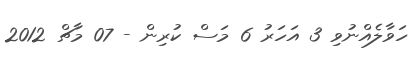
ހަވާލެއްނުވި 3 އަހަރު 6 މަސް ކުރިން - 07 މާޗް 2012